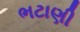
ભટાણી